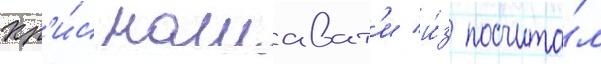
Кр'и́с нашават'и и́з посчита́л